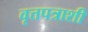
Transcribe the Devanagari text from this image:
वृत्तपत्राशी